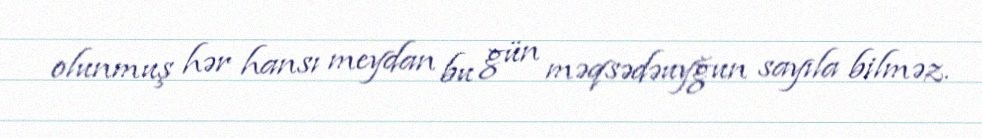
olunmuş hər hansı meydan bu gün məqsədəuyğun sayıla bilməz.